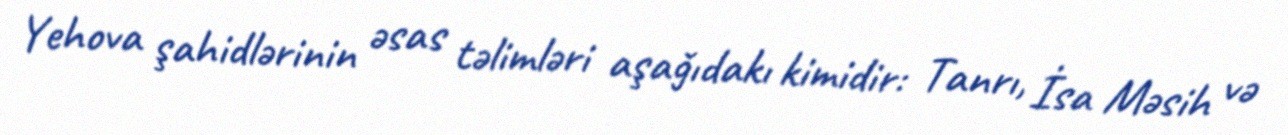
Yehova şahidlərinin əsas təlimləri aşaǧıdakı kimidir: Tanrı, İsa Məsih və